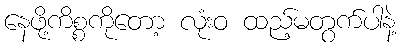
နေဖို့ကိစ္စကိုတော့ လုံးဝ ထည့်မတွက်ပါနဲ့